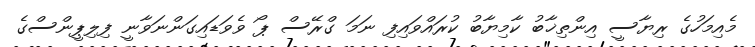
މެއިމަހުގެ ރިޔާސީ އިންތިޚާބު ކާމިޔާބު ކުރައްވައިފި ނަމަ ގްރޭސް ޕޯ ވެވަޑައިގަންނަވާނީ ފިލިޕީންސްގެ